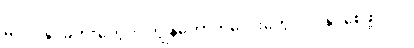
မလုပ်နိုင်ခဲ့တာတွေကို ကျွန်တော့်ကလေးတွေ လုပ်နိုင်စေဖို့ ပါပဲ။